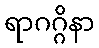
ရာဂဂ္ဂိနာ